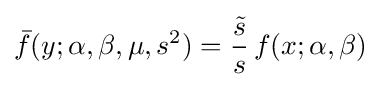
{\bar {f}}(y;\alpha ,\beta ,\mu ,s^{2})={\frac {\tilde {s}}{s}}\,f(x;\alpha ,\beta )